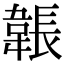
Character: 韔